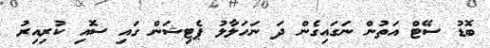
ބޮޑު ސޭޓް އަތުން ނަގައިގެން ދަ ނަހަލާލު ޕެޓިޝަން ގައި ސޮއި ކުރިއިރު